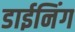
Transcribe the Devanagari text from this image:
डाईनिंग